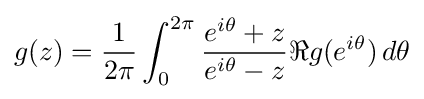
g(z)={1 \over 2\pi }\int _{0}^{2\pi }{e^{i\theta }+z \over e^{i\theta }-z}\Re g(e^{i\theta })\,d\theta